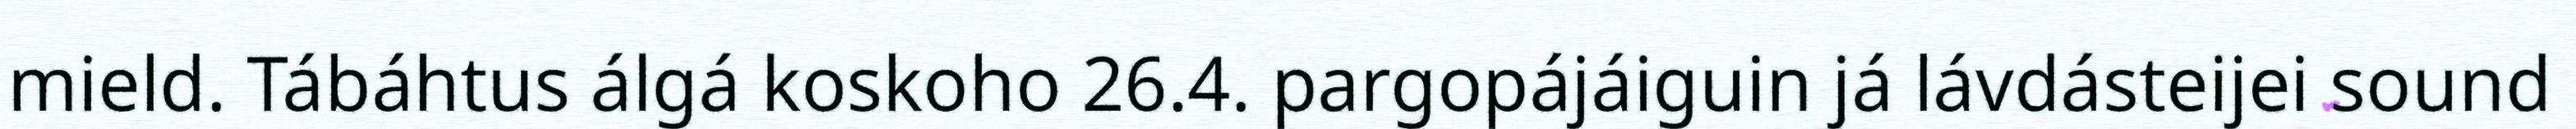
mield. Tábáhtus álgá koskoho 26.4. pargopájáiguin já lávdásteijei sound